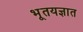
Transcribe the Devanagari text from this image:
भूतयज्ञात